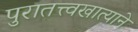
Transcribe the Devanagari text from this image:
पुरातत्त्वखात्याने